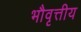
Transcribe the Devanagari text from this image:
भौवृत्तीय